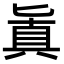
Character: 𠤤